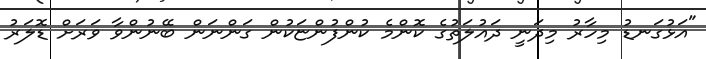
"އަޅުގަނޑު މިހާރު މިދަނީ ދައުލަތުގެ ކޮންމެ ކުންފުންޏަކުން ގަންނަން ބޭނުންވާ ވަރަށް ޑޮލަރު